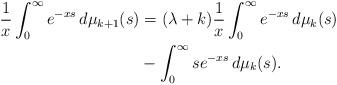
LaTeX: \begin{align*}\frac{1}{x}\int_0^{\infty}e^{-xs}\, d\mu_{k+1}(s)&=(\lambda+k)\frac{1}{x}\int_0^{\infty}e^{-xs}\, d\mu_k(s)\\&{}-\int_0^{\infty}se^{-xs}\, d\mu_k(s).\end{align*}